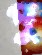
পু